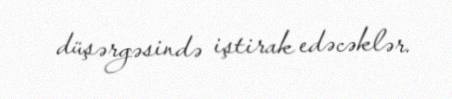
düşərgəsində iştirak edəcəklər.